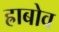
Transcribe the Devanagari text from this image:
ह्राबोव